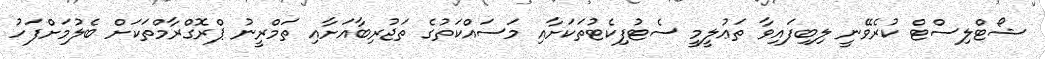
ޝޯޓްލިސްޓް ކުރެވޭނީ ލިބިފައިވާ ތަޢުލީމީ ސެޓުފިކެޓުތަކަށާއި މަސައްކަތުގެ ތަޖުރިބާއަށާއި ތަމްރީނު ޕްރޮގްރާމްތަކަށް ބެލުމަށްފަހު